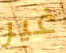
غير